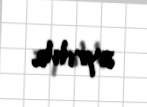
ayrılıb.